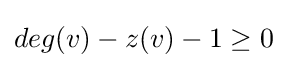
deg(v)-z(v)-1\geq 0